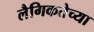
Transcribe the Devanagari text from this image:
लैगिकतेच्या